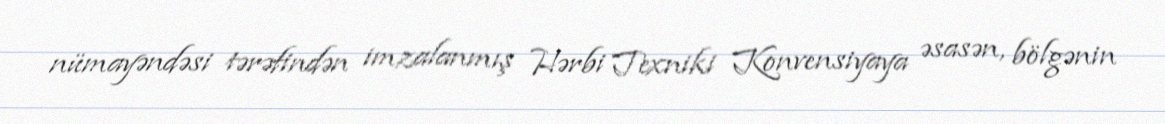
nümayəndəsi tərəfindən imzalanmış Hərbi Texniki Konvensiyaya əsasən, bölgənin